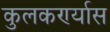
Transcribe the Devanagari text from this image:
कुलकर्ण्यास